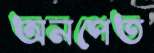
অনপেত